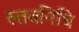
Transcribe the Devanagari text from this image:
स्तवनिधि